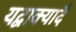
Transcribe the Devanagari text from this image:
यद्वाक्यादै